Materia medica of Madras volume I
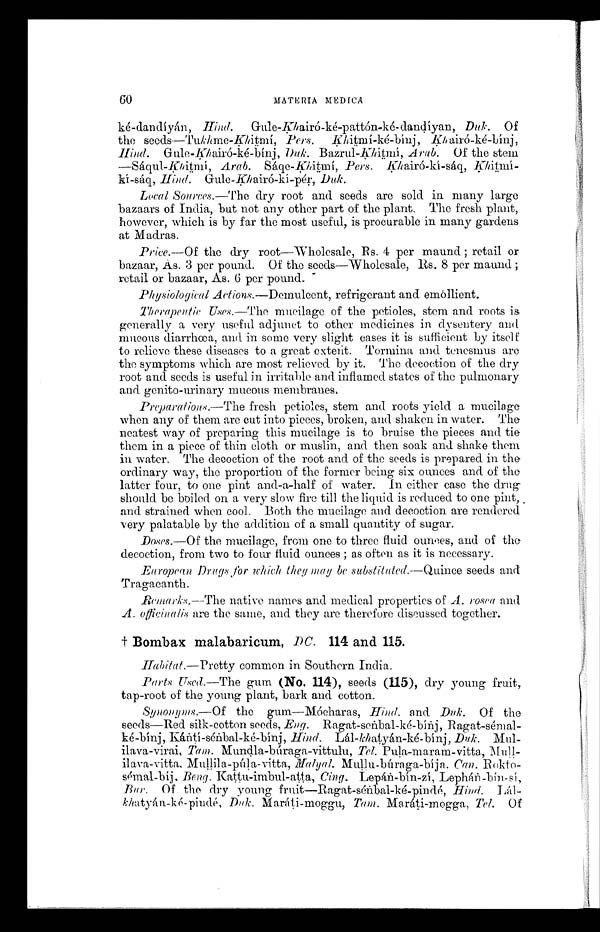
60
MATERIA MEDICA
ké-dandíyán, Hind. Gule-Khairó-ké-pattón-ké-dandíyan, Duk. Of
the seeds—Tukhme-Khitmí, Pers. Khitmí-ké-bínj, Khairó-ké-bínj,
Hind. Gule-Khairó-ké-bínj , Duk. Bazrul-Khitmí, A rab. Of the ste
m—Sáqul-Khitmí, Arab. Sáqe-Khitmí, Pers. Kh
kí-sáq, Hind. Gule-Khairó-kí-pér, Duk .
Local Sources.—The dry root and seeds are sold in many large
bazaars of India, but not any other part of the plant. The fresh plant,
however, which is by far the most useful, is procurable in many gardens
at Madras.
Price.--Of the dry root—Wholesale, Rs. 4 per maund; retail or
bazaar, As. 3 per pound. Of the seeds—Wholesale, Rs. 8 per maund;
retail or bazaar, As. 6 per pound. -
Physiological Actions.--Demulcent, refrigerant and emóllient.
Therapeutic Uses.—The mucilage of the petioles, stem and roots is
generally a very useful adjunct to other medicines in dysentery and
mucous diarrhœa, and in some very slight cases it is sufficient by itself
to relieve these diseases to a great extent. Tormina and tenesmus are
the symptoms which are most relieved by it. The decoction of the dry
root and seeds is useful in irritable and inflamed states of the pulmonary
and Benito-urinary mucous membranes.
Preparations.—The fresh petioles, stem and roots yield a mucilage
when any of them are cut into pieces, broken, and shaken in water. The
neatest way of preparing this mucilage is to bruise the pieces and tie
them in a piece of thin cloth or muslin, and then soak and shake them
in water. The decoction of the root and of the seeds is prepared in the
ordinary way, the proportion of the former being six ounces and of the
latter four, to one pint and-a-half of water. In either case the drug
should be boiled on a very slow fire till the liquid is reduced to one pint,
and strained when cool. Both the mucilage and decoction are rendered
very palatable by the addition of a small quantity of sugar.
Doses.—Of the mucilage, from one to three fluid ounces, and of the
decoction, from two to four fluid ounces; as often as it is necessary.
European Drugs for which they may be substituted.--Quince seeds and
Tragacanth.
Remarks.--The native names and medical properties of A. rosea and
A. officinalis are the same, and they are therefore discussed together.
† Bombax malabaricum, DC. 114 and 115.
Habitat.—Pretty common in Southern India.
Parts Med.—The gum (No. 114), seeds (115), dry young fruit,
tap-root of the young plant, bark and cotton.
Synonyms.—Of the gum—Mócharas, Hind. and Duk. Of the
seeds—Red silk-cotton seeds, Eng. Ragat-senbal-ké-bínj,
R a g a t - s e n b a l - k é - b í n j , K à n t í - s é n b a l - k é - b í n j ,H
i n d .
L á l - k h a t y á n - k e - b í n j ,
D u k .
Mul-
ilava-virai, Tam.. Mundla-búraga-vittulu, Tel. Pula-maram-vitta, Mnll-
ilava-vitta,
Malyal. Mullu-búraga-bíja. Can. Rokto-
sémal-bíj, Beng. Kattu-imbul-atta, Cing.Lepàn-bín-zí, Lephàn -bin-sí ,
Bur. Of the dry young fruit—Ragat-sénbal-ké-pindé, H ind. Làl-
khatyàn-ké-pindé, Duk. Maràti-moggu, Tam. Maràti-mogga, Tel. Of